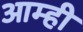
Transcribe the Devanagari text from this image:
आम्‍ही